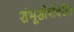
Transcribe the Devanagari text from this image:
शंभूशीर्षांवरील